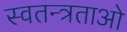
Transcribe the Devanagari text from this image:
स्वतन्त्रताओ